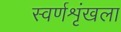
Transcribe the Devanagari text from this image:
स्वर्णशृंखला